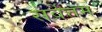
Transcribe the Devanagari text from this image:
सर्वेत्तम